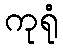
ကုရုံ